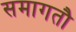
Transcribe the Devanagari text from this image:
समागतौ